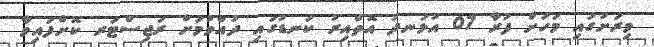
މިރަށުގައި މަހަށް ފުރާ 07 އުޅަނދު އޮތްއިރު ކަނޑުގައި ދުއްވުމަށް ރަޖިސްޓަރ ކޮށްފައިވާ